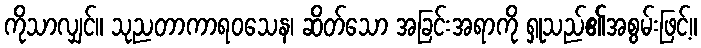
ကိုသာလျှင်။ သုညတာကာရဝသေန၊ ဆိတ်သော အခြင်းအရာကို ရှုသည်၏အစွမ်းဖြင့်။